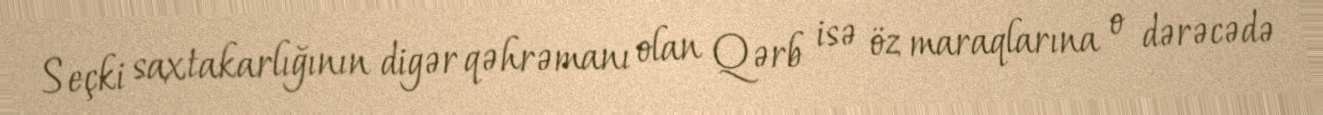
Seçki saxtakarlığının digər qəhrəmanı olan Qərb isə öz maraqlarına o dərəcədə